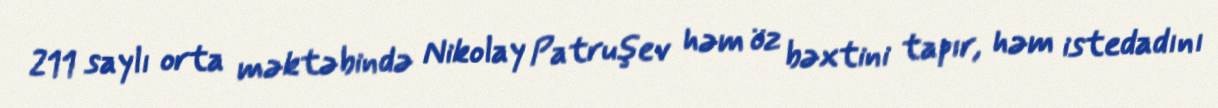
211 saylı orta məktəbində Nikolay Patruşev həm öz bəxtini tapır, həm istedadını